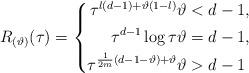
LaTeX: \begin{align*}R_{(\vartheta)} (\tau )=\left\{\begin{aligned}\tau ^{l(d-1)+\vartheta (1-l)}&\vartheta <d-1, \\\tau ^{d-1}\log \tau &\vartheta =d-1, \\\tau ^{{\frac{1}{2m}}(d-1-\vartheta )+\vartheta }&\vartheta >d-1\end{aligned}\right.\end{align*}